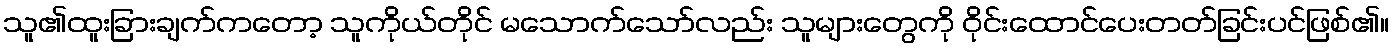
သူ၏ထူးခြားချက်ကတော့ သူကိုယ်တိုင် မသောက်သော်လည်း သူများတွေကို ဝိုင်းထောင်ပေးတတ်ခြင်းပင်ဖြစ်၏။